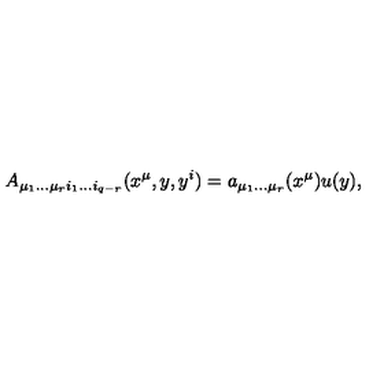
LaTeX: A _ { \mu _ { 1 } \dots \mu _ { r } i _ { 1 } \dots i _ { q - r } } ( x ^ { \mu } , y , y ^ { i } ) = a _ { \mu _ { 1 } \dots \mu _ { r } } ( x ^ { \mu } ) u ( y ) ,